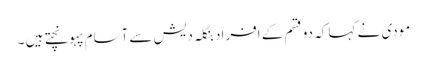
مودی نے کہا کہ دو قسم کے افراد بنگلہ دیش سے آسام پہونچتے ہیں ۔